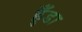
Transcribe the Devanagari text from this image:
हुँडा